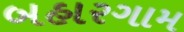
બહારગામ